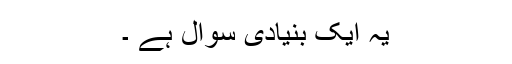
یہ ایک بنیادی سوال ہے ۔